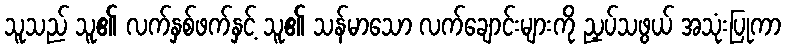
သူသည် သူ၏ လက်နှစ်ဖက်နှင့် သူ၏ သန်မာသော လက်ချောင်းများကို ညှပ်သဖွယ် အသုံးပြုကာ